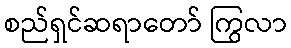
စည်ရှင်ဆရာတော် ကြွလာ